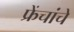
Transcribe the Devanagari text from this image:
फ्रेंचांचे